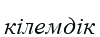
кілемдік